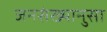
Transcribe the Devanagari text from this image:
जनसंख्यानुसा